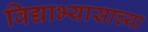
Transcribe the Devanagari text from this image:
विद्याभ्यासाच्या